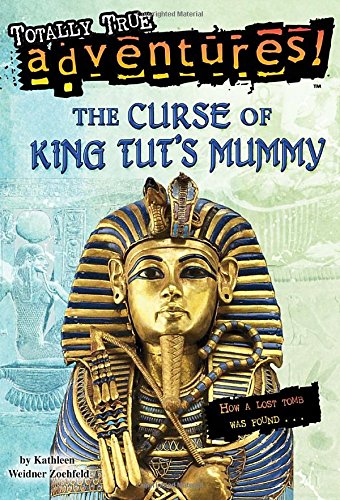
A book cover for The Curse of King Tut's Mummy (Totally True Adventures) (A Stepping Stone Book(TM)); Kathleen Weidner Zoehfeld; Children's Books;